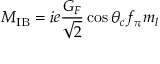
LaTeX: M _ { \mathrm { I B } } = i e \frac { G _ { F } } { \sqrt { 2 } } \cos \theta _ { c } f _ { \pi } m _ { l }